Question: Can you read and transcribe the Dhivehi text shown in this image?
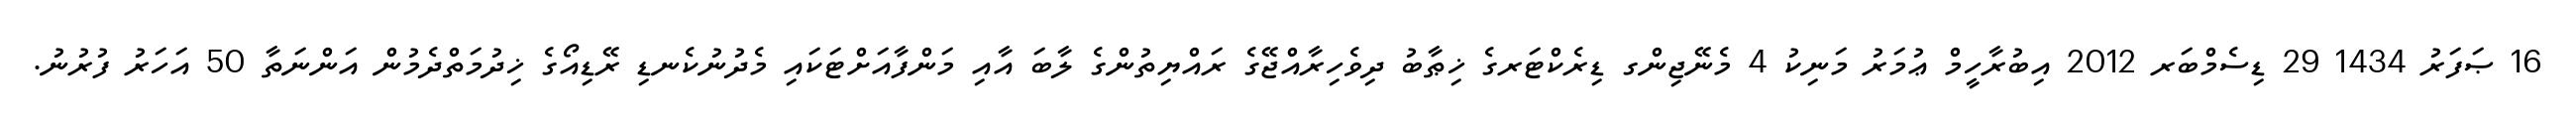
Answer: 16 ޞަފަރު 1434 29 ޑިސެމްބަރ 2012 އިބުރާހީމް ޢުމަރު މަނިކު 4 މެނޭޖިންގ ޑިރެކްޓަރގެ ޚިޠާބު ދިވެހިރާއްޖޭގެ ރައްޔިތުންގެ ލާބަ އާއި މަންފާއަށްޓަކައި މެދުނުކެނޑި ރޭޑިއޯގެ ޚިދުމަތްދެމުން އަންނަތާ 50 އަހަރު ފުރުނު.